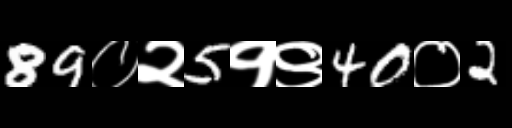
Text: 89०२5१९40०2